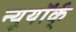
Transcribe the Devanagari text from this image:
न्यूयॉर्क्